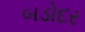
બડોદર